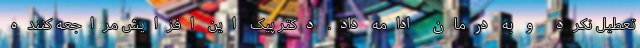
تعطیل نکرد و به درمان ادامه داد. دکتر پیک این افزایش مراجعه‌ کننده